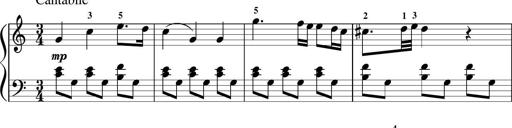
Title: Sonatina in G major
Composer: Friedrich Kuhlau
Key: G major